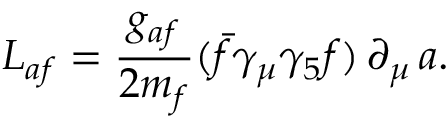
{ \cal L } _ { a f } = \frac { g _ { a f } } { 2 m _ { f } } ( \bar { f } \gamma _ { \mu } \gamma _ { 5 } f ) \, \partial _ { \mu } \, a .